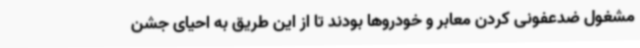
مشغول ضدعفونی کردن معابر و خودروها بودند تا از این طریق به احیای جشن